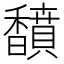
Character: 馩